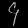
Digit: ၄